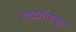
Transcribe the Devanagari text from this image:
वर्ष्यापासून